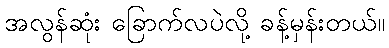
အလွန်ဆုံး ခြောက်လပဲလို့ ခန့်မှန်းတယ်။